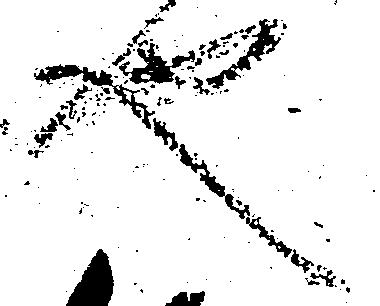
也